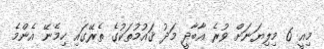
މިއީ 6 މިލިޔަނަށް ވުރެ އާބާދީ މަދު ޤައުމުތަކުގެ ތެރޭގައި ހިމެނޭ އެންމެ